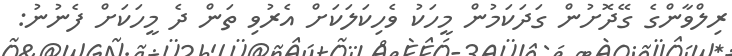
ރިލްވާންގެ ގޭދޮށުން ގަދަކަމުން މީހަކު ވެހިކަލަކަށް އެރުވި ތަން ދެ މީހަކަށް ފެނުނު: